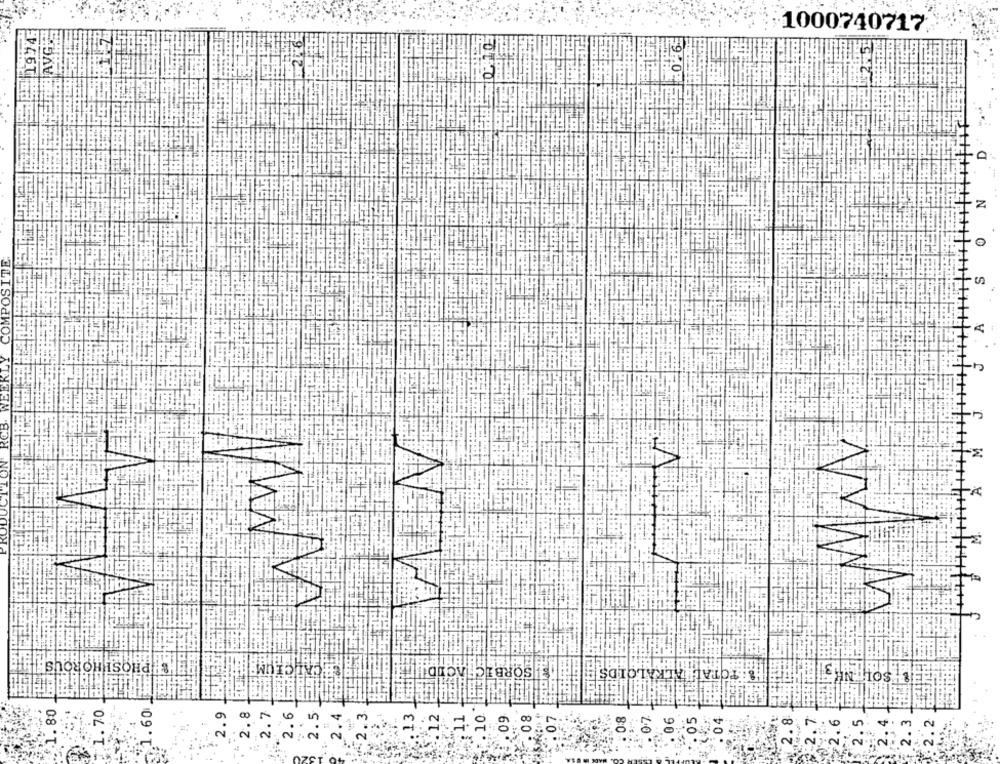
AVG
1974.
1000740717
Z
COMPOSITE
M
PHOSPHOROUSH
TOTAL ALK
1. 80
1.70
1.60
2.8
2.9
2.7
2.6
2.5
09
08
0:8
06
05
2.8